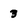
Character: 3